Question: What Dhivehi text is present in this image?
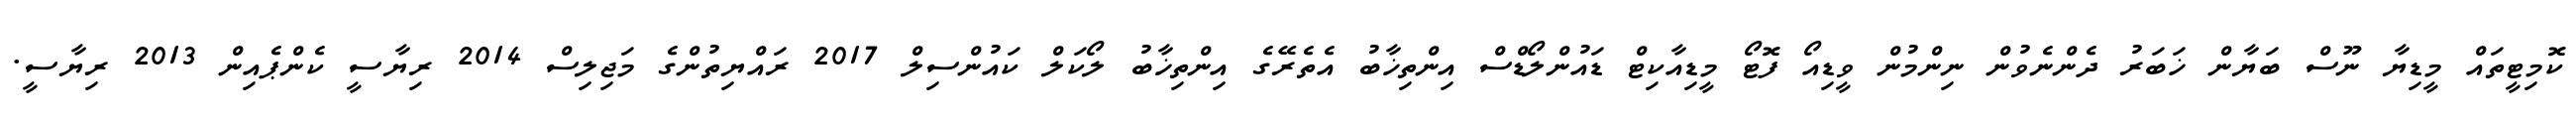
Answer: ކޮމިޓީތައް މީޑިޔާ ނޫސް ބަޔާން ޚަބަރު ދެންނެވުން ނިންމުން ވީޑިއޯ ފޮޓޯ މީޑިއާކިޓް ޑައުންލޯޑްސް އިންތިޚާބު އެތެރޭގެ އިންތިޚާބު ލޯކަލް ކައުންސިލް 2017 ރައްޔިތުންގެ މަޖިލިސް 2014 ރިޔާސީ ކެންޕެއިން 2013 ރިޔާސީ.